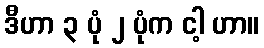
ဒီဟာ ၃ ပုံ ၂ ပုံက ငါ့ ဟာ။